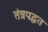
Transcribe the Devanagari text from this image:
तंत्रपद्धत